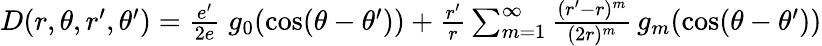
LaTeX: \begin{array}{r}{D(r,\theta,r^{\prime},\theta^{\prime})={\frac{e^{\prime}}{2e}}\; g_{0}(\cos(\theta-\theta^{\prime}))+{\frac{r^{\prime}}{r}}\sum_{m=1}^{\infty}{\frac{(r^{\prime}-r)^{m}}{(2r)^{m}}}\, g_{m}(\cos(\theta-\theta^{\prime}))}\end{array}